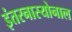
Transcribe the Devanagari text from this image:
इंतरनास्योनाल